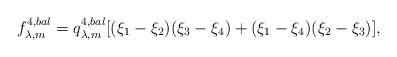
LaTeX: \begin{align*} f^{4,bal}_{\lambda,m} = q^{4,bal}_{\lambda,m}[ (\xi_1-\xi_2)(\xi_3-\xi_4)+ (\xi_1-\xi_4)(\xi_2-\xi_3)],\end{align*}